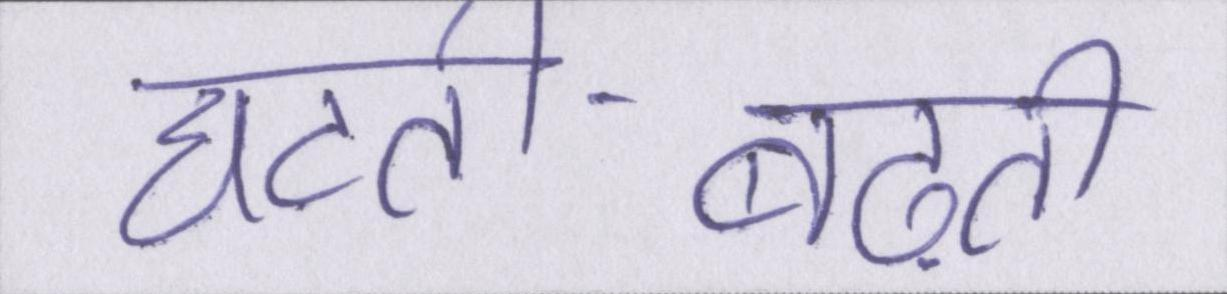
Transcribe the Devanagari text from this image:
घटती-बढ़ती